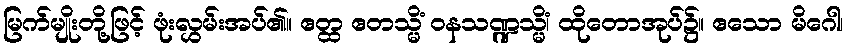
မြက်မျိုးတို့ဖြင့် ဖုံးလွှမ်းအပ်၏။ ဧတ္ထ ဧတသ္မိံ ဝနသဏ္ဍသ္မိံ၊ ထိုတောအုပ်၌။ ဧသော မိဂေါ၊